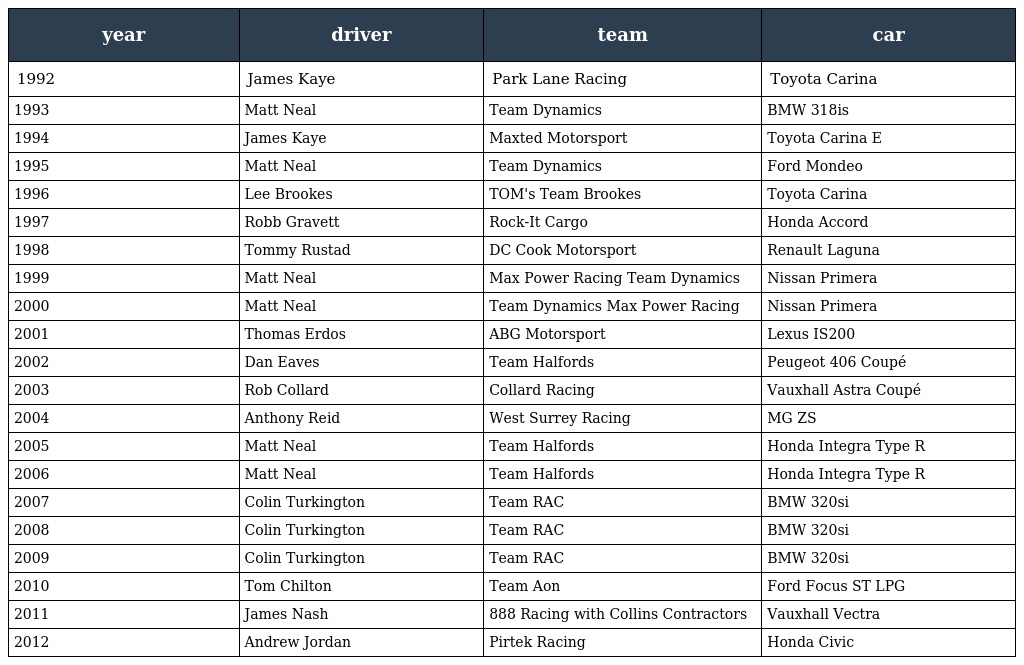
| year | driver | team | car |
 | --- | --- | --- | --- |
 | 1992 | James Kaye | Park Lane Racing | Toyota Carina |
 | 1993 | Matt Neal | Team Dynamics | BMW 318is |
 | 1994 | James Kaye | Maxted Motorsport | Toyota Carina E |
 | 1995 | Matt Neal | Team Dynamics | Ford Mondeo |
 | 1996 | Lee Brookes | TOM's Team Brookes | Toyota Carina |
 | 1997 | Robb Gravett | Rock-It Cargo | Honda Accord |
 | 1998 | Tommy Rustad | DC Cook Motorsport | Renault Laguna |
 | 1999 | Matt Neal | Max Power Racing Team Dynamics | Nissan Primera |
 | 2000 | Matt Neal | Team Dynamics Max Power Racing | Nissan Primera |
 | 2001 | Thomas Erdos | ABG Motorsport | Lexus IS200 |
 | 2002 | Dan Eaves | Team Halfords | Peugeot 406 Coupé |
 | 2003 | Rob Collard | Collard Racing | Vauxhall Astra Coupé |
 | 2004 | Anthony Reid | West Surrey Racing | MG ZS |
 | 2005 | Matt Neal | Team Halfords | Honda Integra Type R |
 | 2006 | Matt Neal | Team Halfords | Honda Integra Type R |
 | 2007 | Colin Turkington | Team RAC | BMW 320si |
 | 2008 | Colin Turkington | Team RAC | BMW 320si |
 | 2009 | Colin Turkington | Team RAC | BMW 320si |
 | 2010 | Tom Chilton | Team Aon | Ford Focus ST LPG |
 | 2011 | James Nash | 888 Racing with Collins Contractors | Vauxhall Vectra |
 | 2012 | Andrew Jordan | Pirtek Racing | Honda Civic |